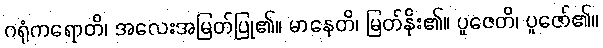
ဂရုံကရောတိ၊ အလေးအမြတ်ပြု၏။ မာနေတိ၊ မြတ်နိုး၏။ ပူဇေတိ၊ ပူဇော်၏။